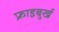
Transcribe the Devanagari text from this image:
फ्राइबुर्ख